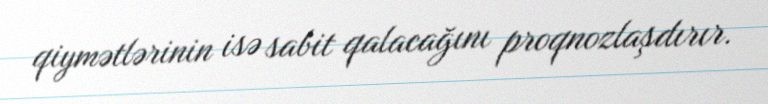
qiymətlərinin isə sabit qalacağını proqnozlaşdırır.